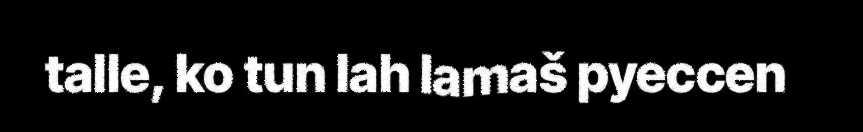
talle, ko tun lah lamaš pyeccen